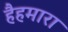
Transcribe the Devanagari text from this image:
हैहमारा